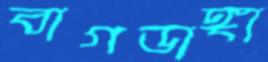
বাগডাঙ্গা